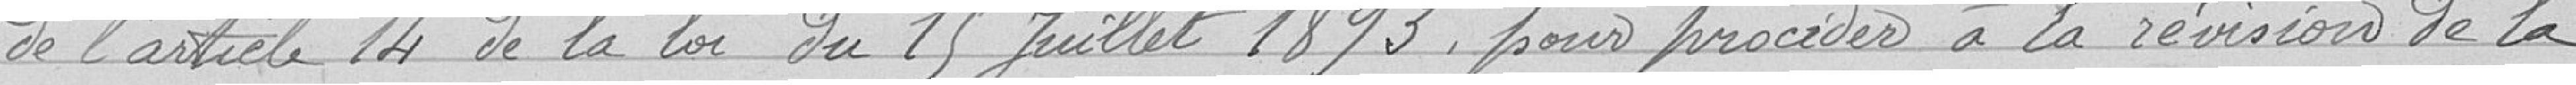
de l'article 14 de la loi du 15 juillet 1893, pour procéder à la révision de la